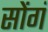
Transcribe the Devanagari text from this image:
सोंगं